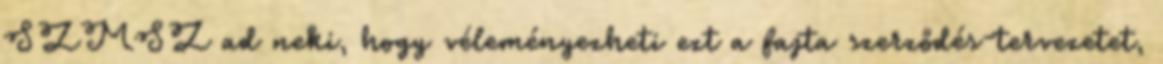
SZMSZ ad neki, hogy véleményezheti ezt a fajta szerződés-tervezetet,